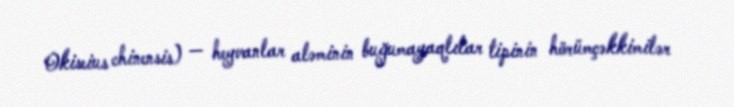
Okiseius chinensis) — heyvanlar aləminin buğumayaqlılar tipinin hörümçəkkimilər